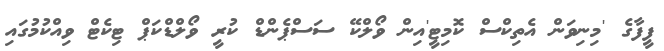
ފީފާގެ 'މިނިވަން އެތިކްސް ކޮމިޓީ'އިން ވޯލްކޭ ސަސްޕެންޑް ކުރީ ވޯލްޑްކަޕް ޓިކެޓް ވިއްކުމުގައި